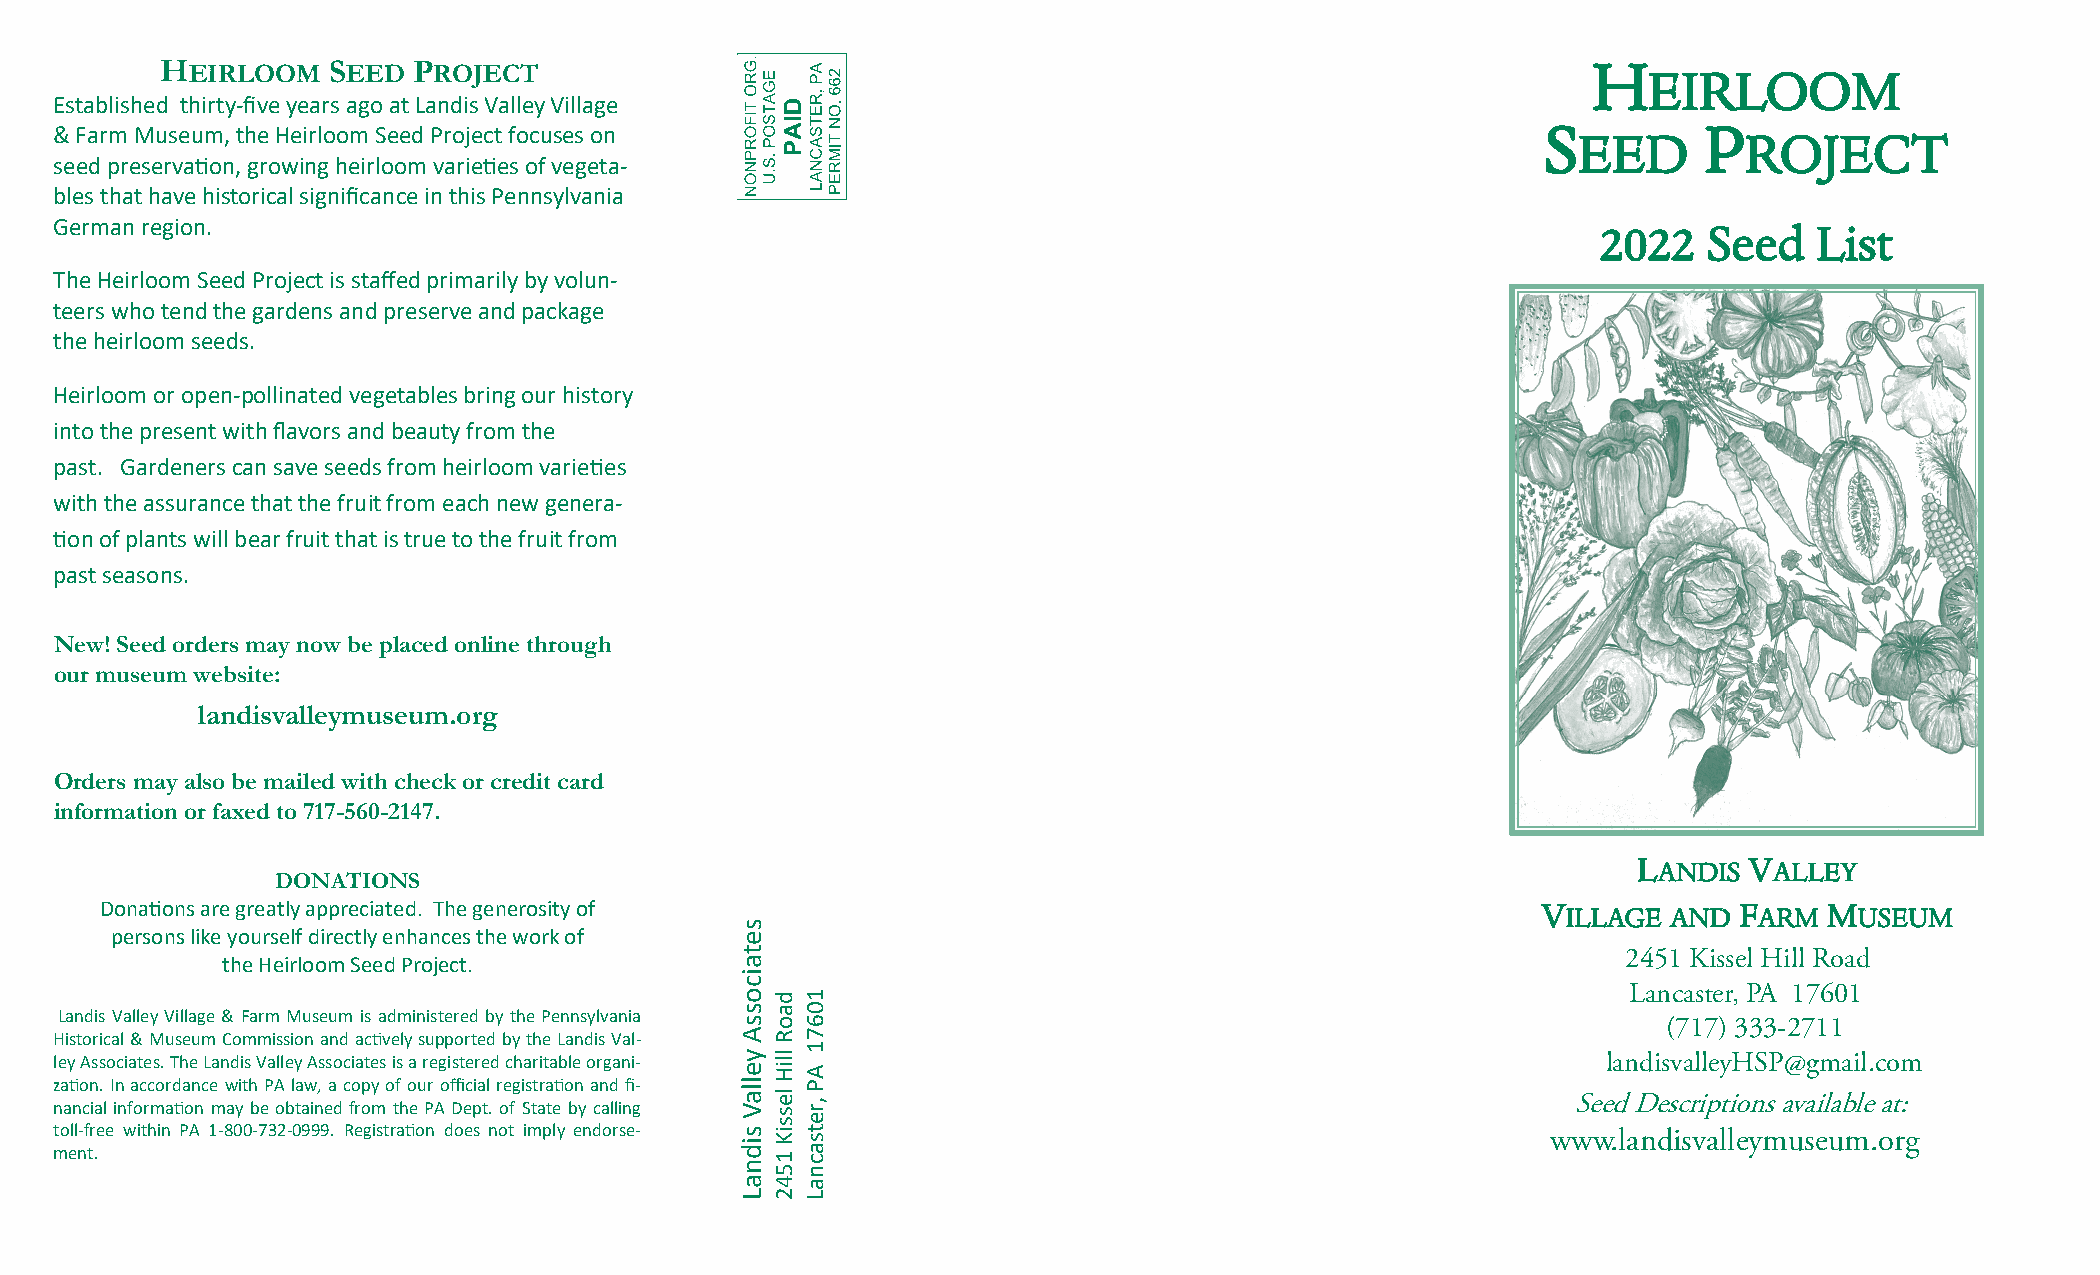
HEIRLOOM   SE ED PROJECT
 H
 EIRLOOM
 Established thirty-five years ago at Landis Valley Village
 S          P
 & Farm Museum, the Heirloom Seed Project focuses on                                                 EED        ROJECT
 seed preservation, growing heirloom varieties of vegeta-
 bles that have historical significance in this Pennsylvania
 German region.                                                                                        2022   Seed   List
 The Heirloom Seed Project is staffed primarily by volun-
 teers who tend the gardens and preserve and package
 the heirloom seeds.
 Heirloom or open-pollinated vegetables bring our history
 into the present with flavors and beauty from the
 past. Gardeners can save seeds from heirloom varieties
 with the assurance that the fruit from each new genera-
 tion of plants will bear fruit that is true to the fruit from
 past seasons.
 New! Seed orders may now be placed online through
 our museum website:
 landisvalleymuseum.org
 Orders may also be mailed with check or c redit card
 information or faxed to 717-5 60-2147.
 DONATIONS
 LANDIS  VALLEY
 Donations are greatly appreciated. The generosity of                                           VILLAGE  AND FARM  MUSEUM
 persons like yourself directly enhances the work of
 2451 Kissel Hill Road
 the Heirloom Seed Project.
 Lancaster, PA 17601
 Landis Valley Village & Farm Museum is administered by the Pennsylvania
 (717) 333-2711
 Historical & Museum Commission and actively supported by the Landis Val-
 ley Associates. The Landis Valley Associates is a registered charitable organi-                       landisvalleyHSP@gmail.c om
 zation. In accordance with PA law, a copy of our official registration and fi-
 nancial information may be obtained from the PA Dept. of State by calling                           Seed Descriptions available at:
 toll-free within PA 1-800-732-0999. Registration does not imply endorse-                           www.landisvalleymuseum.org
 ment.
 33
 setaicossA
 yellaV
 sidnaL
 daoR
 lliH
 lessiK
 1542
 10671
 AP
 ,retsacnaL